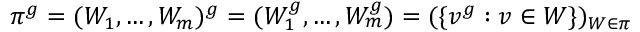
\pi ^ { g } = ( W _ { 1 } , \dots , W _ { m } ) ^ { g } = ( W _ { 1 } ^ { g } , \dots , W _ { m } ^ { g } ) = ( \{ v ^ { g } : v \in W \} ) _ { W \in \pi }